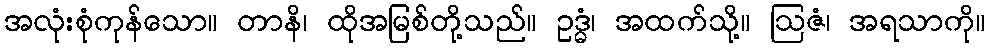
အလုံးစုံကုန်သော။ တာနိ၊ ထိုအမြစ်တို့သည်။ ဥဒ္ဓံ၊ အထက်သို့။ ဩဇံ၊ အရသာကို။